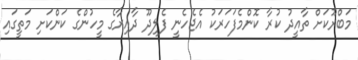
މަބްރޫކަށް ތާއީދު ކުރާ ކޮންމެފަހަރަކު އެޖެހެނީ ފެލިދޫ ދާއިރާގެ މީހުންގެ ކަންކަށި މަތީގައި